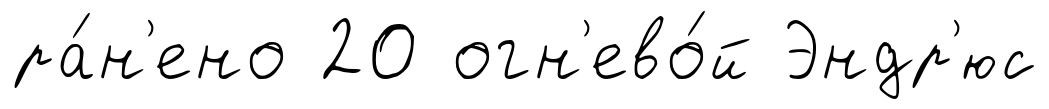
ра́н'ено 20 огн'ево́й Эндр'юс